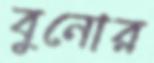
বুনোর